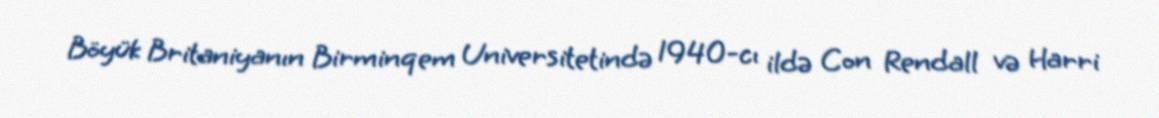
Böyük Britaniyanın Birminqem Universitetində 1940-cı ildə Con Rendall və Harri